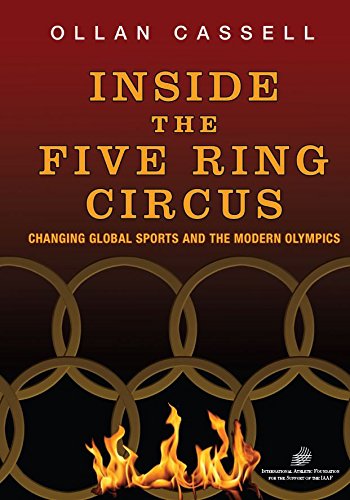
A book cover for Inside The Five Ring Circus: Changing Global Sports and the Modern Olympics; Ollan Cassell; Sports & Outdoors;